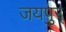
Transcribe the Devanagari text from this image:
जयपुर्